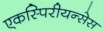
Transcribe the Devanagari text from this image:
एकस्पिरीयन्सेस